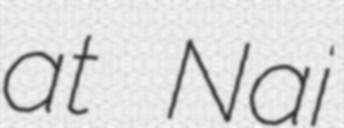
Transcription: at Nai